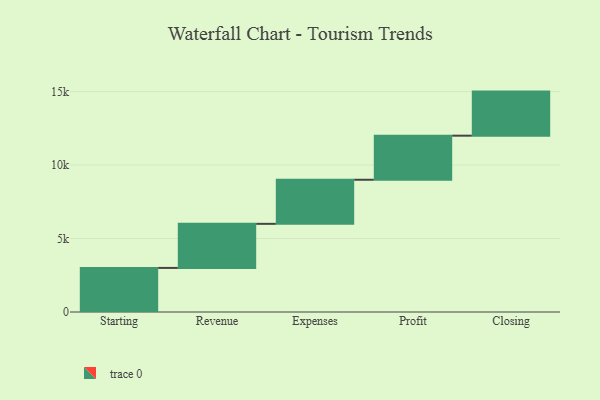
{"axis": {"x": "Step", "y": "Value"}, "legend": [""], "data": [{"x": "Starting", "y": 3000, "type": ""}, {"x": "Revenue", "y": 3000, "type": ""}, {"x": "Expenses", "y": 3000, "type": ""}, {"x": "Profit", "y": 3000, "type": ""}, {"x": "Closing", "y": 3000, "type": ""}]}